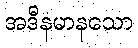
အဒီနမာနသော